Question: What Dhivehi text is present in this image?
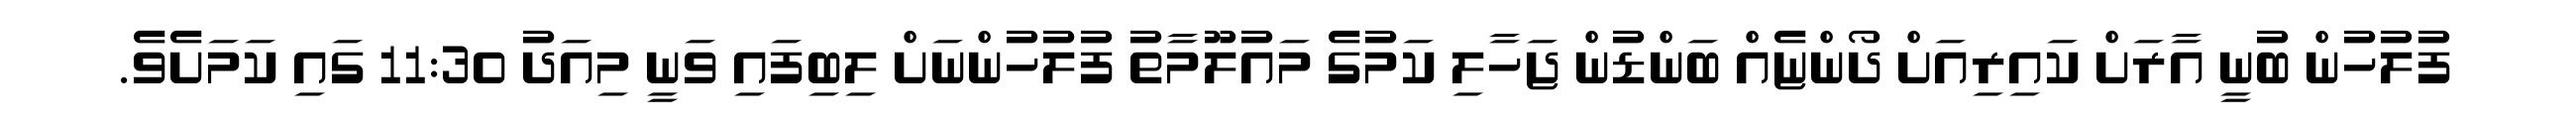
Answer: ފުލުހުން ބުނީ އާރަށް ކައިރިއަށް ދޯންޏެއް ބަންޑުން ޖަހާލި ކަމުގެ މައުލޫމާތު ފުލުހުންނަށް ލިބިފައި ވަނީ މިއަދު 11:30 ގައި ކަމަށެވެ.